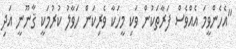
"އެހެންވީމަ އެއްވެސް ފަރާތަކުން ވަކި މީހަކާ ވެރިކަން ހަވާލު ކުރުމަކީ ޤާނޫނީ އަދި